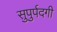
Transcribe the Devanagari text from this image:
सुपुर्पदगी